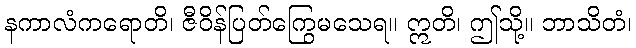
နကာလံကရောတိ၊ ဇီဝိန်ပြတ်ကြွေမသေရ။ ဣတိ၊ ဤသို့။ ဘာသိတံ၊